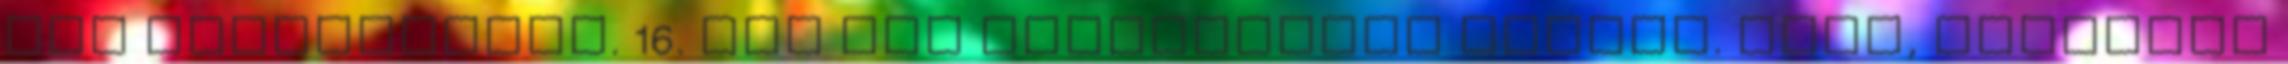
meg kukorékolni. 16. Túl sok gyerekruhát veszel. Igen, iszonyat